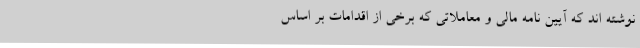
نوشته اند که آیین نامه مالی و معاملاتی که برخی از اقدامات بر اساس